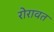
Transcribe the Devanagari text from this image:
रोरावत